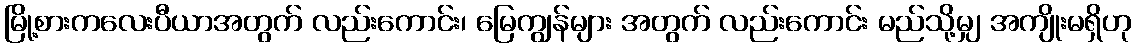
မြို့စားကလေးပီယာအတွက် လည်းကောင်း၊ မြေကျွန်များ အတွက် လည်းကောင်း မည်သို့မျှ အကျိုးမရှိဟု